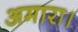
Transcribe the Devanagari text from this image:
अमारा।